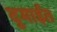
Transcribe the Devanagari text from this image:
दुमाईत